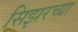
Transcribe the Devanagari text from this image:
सिझरच्या